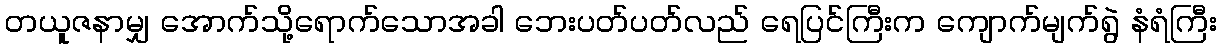
တယူဇနာမျှ အောက်သို့ရောက်သောအခါ ဘေးပတ်ပတ်လည် ရေပြင်ကြီးက ကျောက်မျက်ရွဲ နံရံကြီး